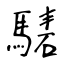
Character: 騞